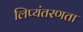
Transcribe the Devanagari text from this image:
लिप्यंतरणता